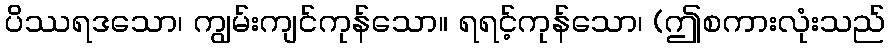
ပိဿရဒသော၊ ကျွမ်းကျင်ကုန်သော။ ရရင့်ကုန်သော၊ (ဤစကားလုံးသည်